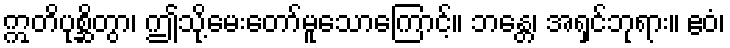
ဣတိပုစ္ဆိတွာ၊ ဤသို့မေးတော်မူသောကြောင့်။ ဘန္တေ၊ အရှင်ဘုရား။ ဧဝံ၊